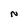
Character: N